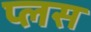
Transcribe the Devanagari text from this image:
प्‍लस